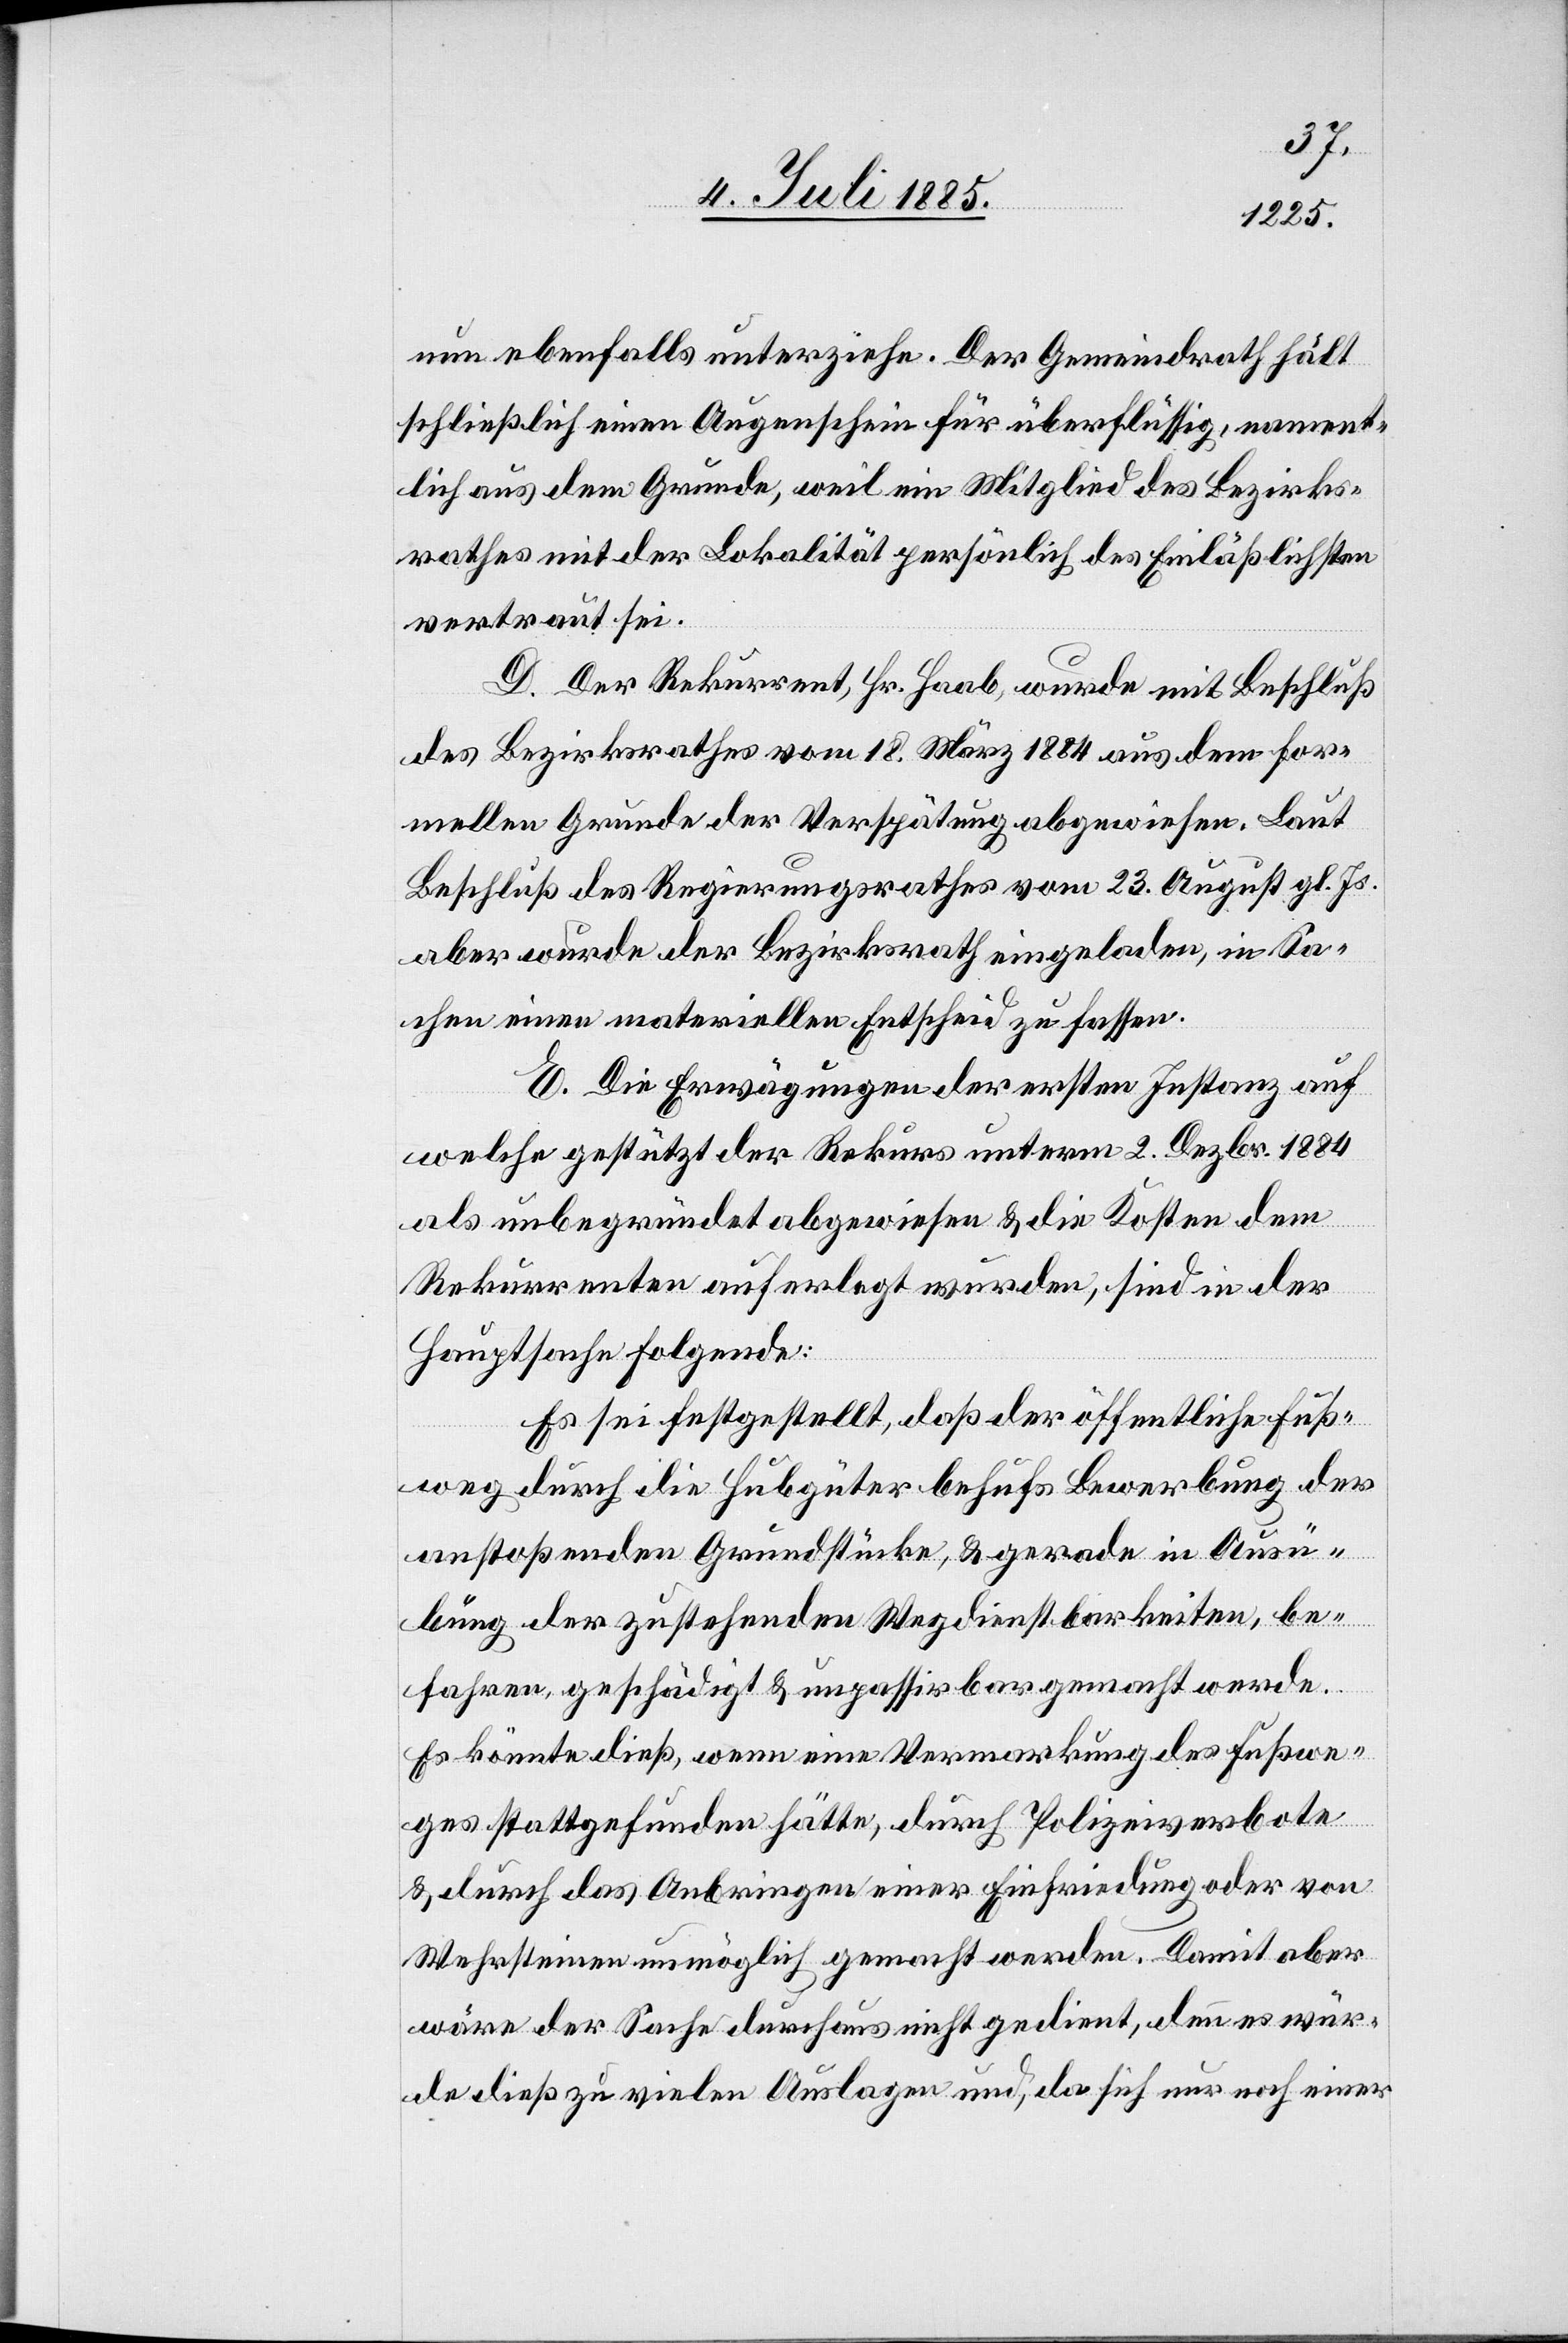
nun ebenfalls unterziehe. Der Gemeindrath hält
schließlich einen Augenschein für überflüssig, nament¬
lich aus dem Grunde, weil ein Mitglied des Bezirks¬
rathes mit der Lokalität persönlich des Einläßlichsten
vertraut sei.
D. Der Rekurrent, Hr. Haab, wurde mit Beschluß
des Bezirksrathes vom 18. März 1884 aus dem for¬
mellen Grunde der Verspätung abgewiesen. Laut
Beschluß des Regierungsrathes vom 23. August gl. Js.
aber wurde der Bezirksrath eingeladen, in Sa¬
chen einen materiellen Entscheid zu fassen.
E. Die Erwägungen der ersten Instanz auf
welche gestützt der Rekurs unterm 2. Dezbr. 1884
als unbegründet abgewiesen & die Kosten dem
Rekurrenten auferlegt wurden, sind in der
Hauptsache folgende:
Es sei festgestellt, daß der öffentliche Fuß¬
weg durch die Hubgüter behufs Bewerbung der
anstoßenden Grundstücke, & gerade in Ausü¬
bung der zustehenden Wegdienstarbeiten, be¬
fahren, geschädigt & unpassirbar gemacht werde.
Es könnte dieß, wenn eine Vermarkung des Fußwe¬
ges stattgefunden hätte, durch Polizeiverbote
& durch das Anbringen einer Einfriedung oder von
Wehrsteinen unmöglich gemacht werden. Damit aber
wäre der Sache durchaus nicht gedient, denn es wür¬
de dieß zu vielen Auslagen und, da sich nur noch einer